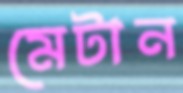
মেটান